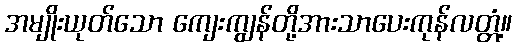
အမျိုးယုတ်သော ကျေးကျွန်တို့အားသာပေးကုန်လတ္တံ့။